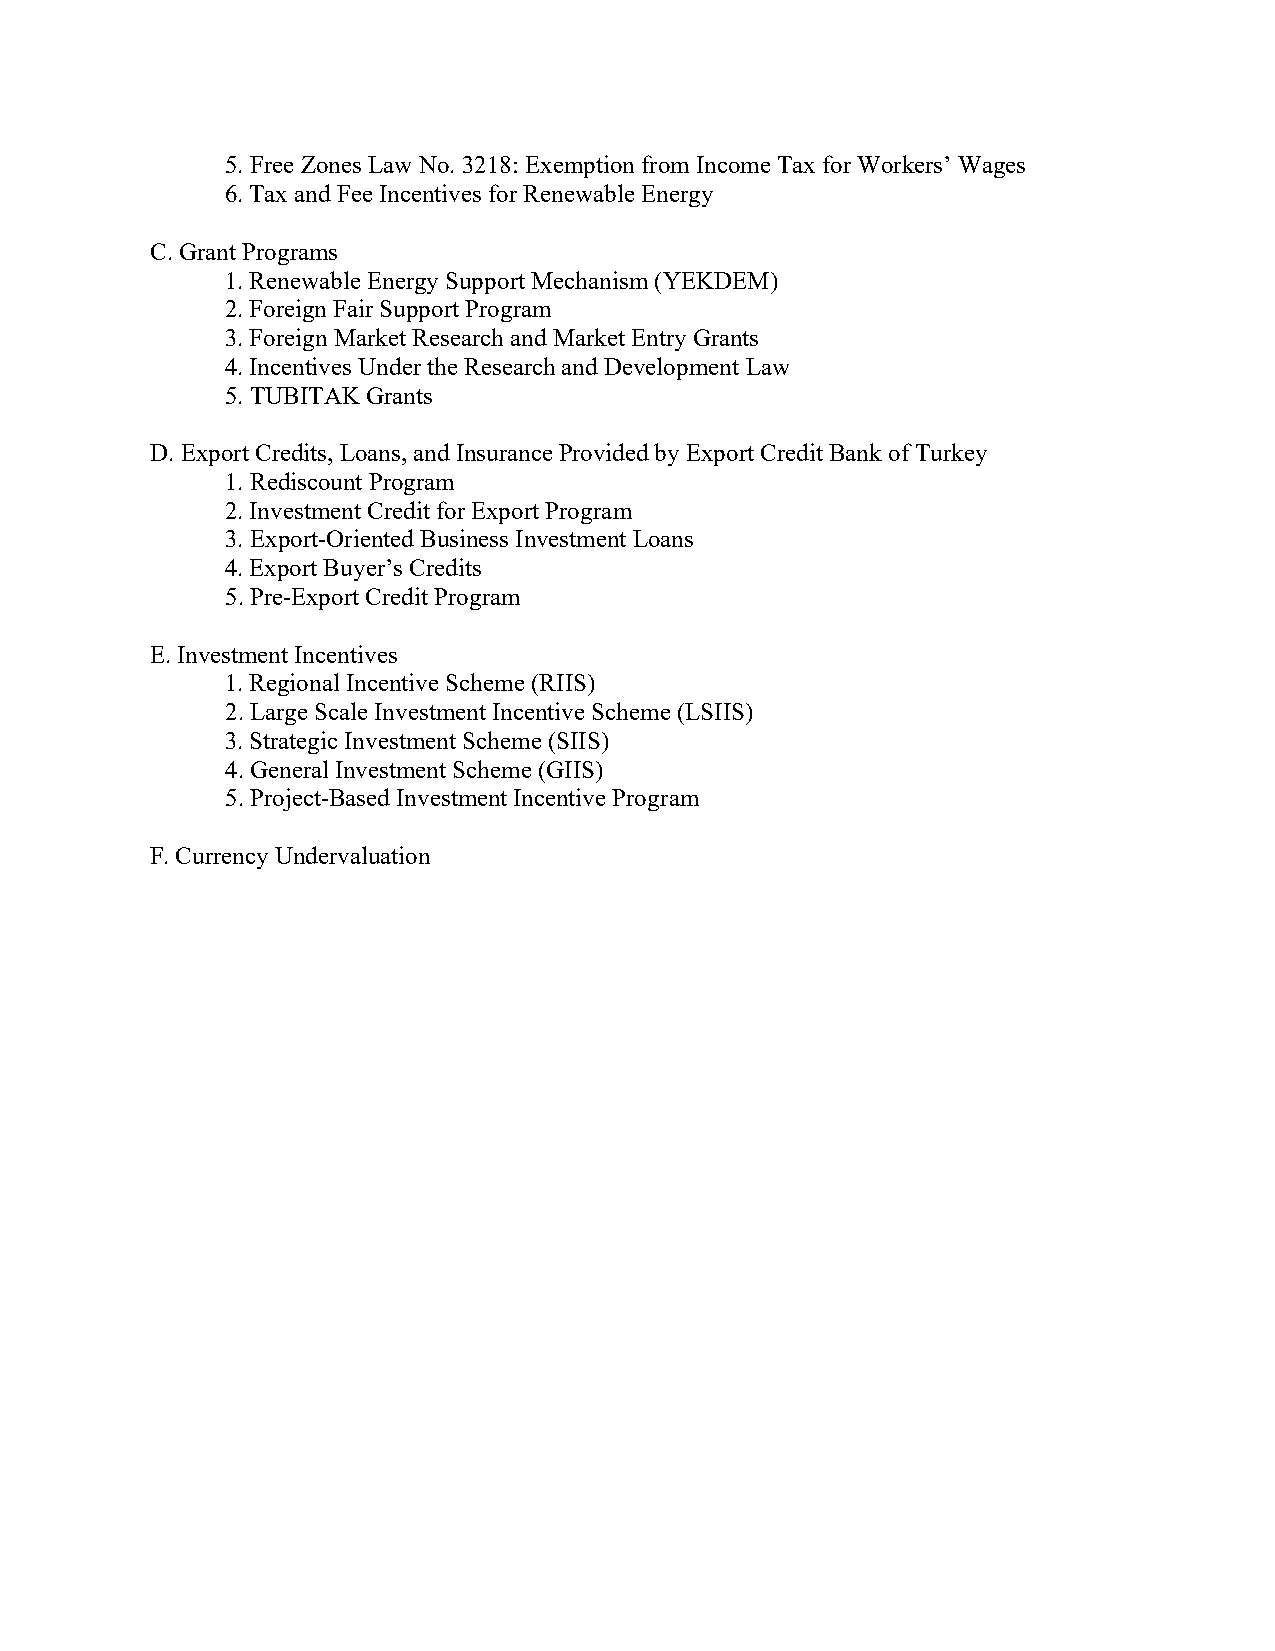
5. Free Zones Law No. 3218: Exemption from Income Tax for Workers’ Wages
 6. Tax and Fee Incentives for Renewable Energy
 C. Grant Programs
 1. Renewable Energy Support Mechanism (YEKDEM)
 2. Foreign Fair Support Program
 3. Foreign Market Research and Market Entry Grants
 4. Incentives Under the Research and Development Law
 5. TUBITAK Grants
 D. Export Credits, Loans, and Insurance Provided by Export Credit Bank of Turkey
 1. Rediscount Program
 2. Investment Credit for Export Program
 3. Export-Oriented Business Investment Loans
 4. Export Buyer’s Credits
 5. Pre-Export Credit Program
 E. Investment Incentives
 1. Regional Incentive Scheme (RIIS)
 2. Large Scale Investment Incentive Scheme (LSIIS)
 3. Strategic Investment Scheme (SIIS)
 4. General Investment Scheme (GIIS)
 5. Project-Based Investment Incentive Program
 F. Currency Undervaluation